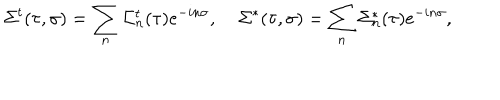
\Sigma ^ { t } ( \tau , \sigma ) = \sum _ { n } \Sigma _ { n } ^ { t } ( \tau ) e ^ { - i n \sigma } , \; \Sigma ^ { * } ( \tau , \sigma ) = \sum _ { n } \Sigma _ { n } ^ { * } ( \tau ) e ^ { - i n \sigma } ,